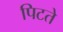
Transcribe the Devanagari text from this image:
पिटते